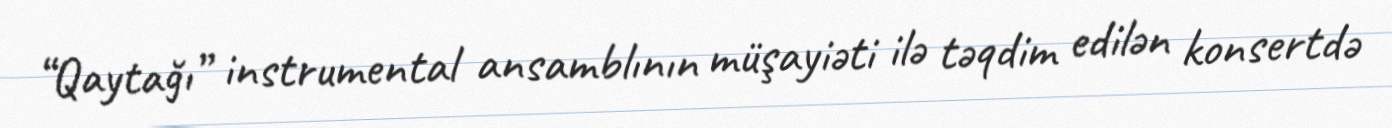
“Qaytağı” instrumental ansamblının müşayiəti ilə təqdim edilən konsertdə